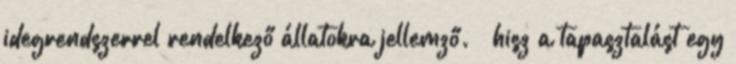
idegrendszerrel rendelkező állatokra jellemző. – hisz a tapasztalást egy